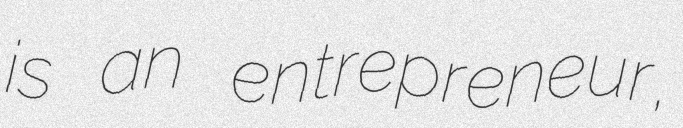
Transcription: is an entrepreneur,